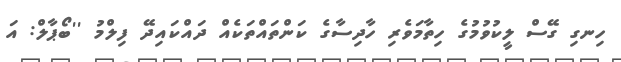
ހިނގި ގޭސް ލީކުވުމުގެ ހިތާމަވެރި ހާދިސާގެ ކަންތައްތަކެއް ދައްކައިދޭ ފިލްމު ''ބޯޕާލް: އަ